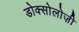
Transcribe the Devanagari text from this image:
डोक्सोलोज़ी